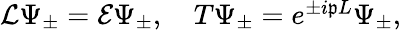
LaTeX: \begin{array}{r}{\mathcal{L}\Psi_{\pm}=\mathcal{E}\Psi_{\pm},\quad T\Psi_{\pm}=e^{\pm i\mathfrak{p}L}\Psi_{\pm},}\end{array}